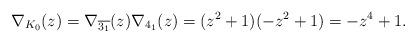
LaTeX: \begin{align*}\nabla_{K_{0}}(z)=\nabla_{\overline{3_{1}}}(z)\nabla_{4_{1}}(z)=(z^{2}+1)(-z^{2}+1)=-z^{4}+1.\end{align*}